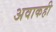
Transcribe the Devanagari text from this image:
अवाकही